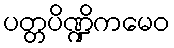
ပတ္တပိဏ္ဍိကမေဝ